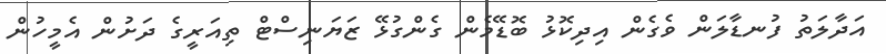
އަދާލަތު ފުނޑާލަން ވެގެން އިދިކޮޅު ބޮޑޭމެން ގެންގުޅޭ ޒަޔަނިސްޓް ތިއަރީގެ ދަށުން އެމީހުން